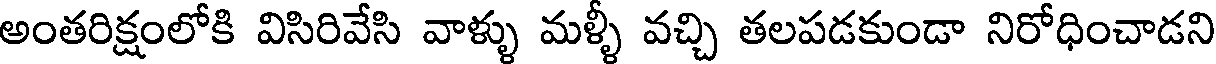
అంతరిక్షంలోకి విసిరివేసి వాళ్ళు మళ్ళీ వచ్చి తలపడకుండా నిరోధించాడని